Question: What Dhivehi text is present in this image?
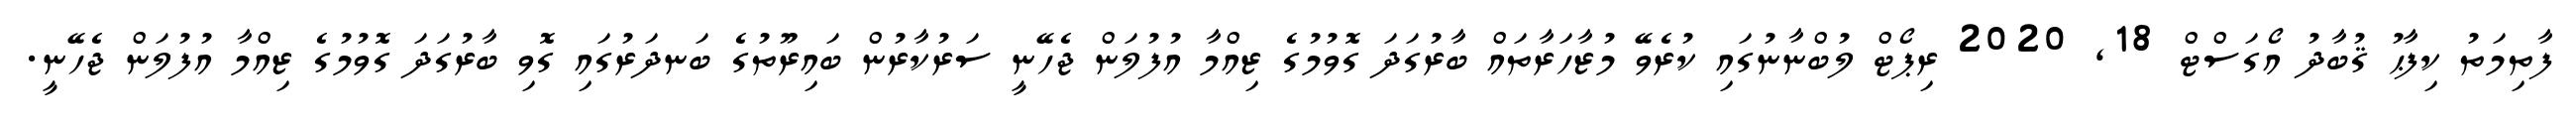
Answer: ފާތިމަތު ކިފާޙު ޤުބާދު އޯގަސްޓް 18, 2020 ރިޕޯޓް ލުބްނާނުގައި ކުރެވޭ މުޒާހަރާތައް ބާރުގަދަ ގޮވުމުގެ ޒިއްމާ އުފުލަން ޖެހޭނީ ސަރުކާރުން ބައިރޫތުގެ ބަނދަރުގައި ގޮވި ބާރުގަދަ ގޮވުމުގެ ޒިއްމާ އުފުލަން ޖެހޭނީ.